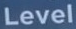
Level